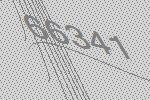
66341